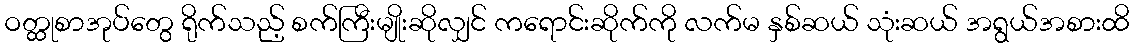
ဝတ္ထုစာအုပ်တွေ ရိုက်သည့် စက်ကြီးမျိုးဆိုလျှင် ကရောင်းဆိုက်ကို လက်မ နှစ်ဆယ် သုံးဆယ် အရွယ်အစားထိ